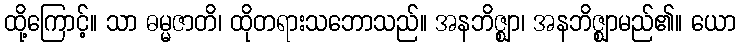
ထို့ကြောင့်။ သာ ဓမ္မဇာတိ၊ ထိုတရားသဘောသည်။ အနဘိဇ္ဈာ၊ အနဘိဇ္ဈာမည်၏။ ယော